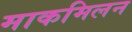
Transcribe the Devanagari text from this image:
माकमिलन